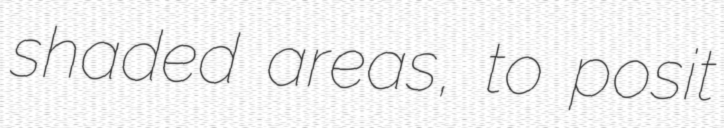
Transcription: shaded areas, to posit